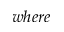
w h e r e